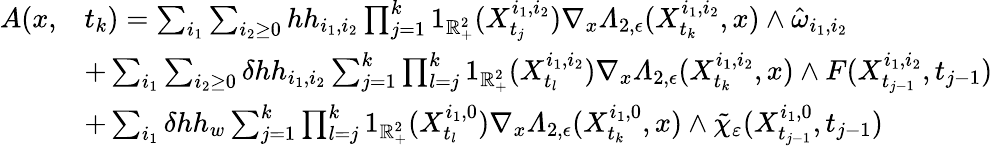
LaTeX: \begin{array}{rl}{A(x,}&{t_{k})=\sum_{i_{1}}\sum_{i_{2}\geq 0}hh_{i_{1},i_{2}}\prod_{j=1}^{k}1_{\mathbb{R}_{+}^{2}}(X_{t_{j}}^{i_{1},i_{2}})\nabla_{x}\varLambda_{2,\epsilon}(X_{t_{k}}^{i_{1},i_{2}},x)\wedge\hat{\omega}_{i_{1},i_{2}}}\\ &{+\sum_{i_{1}}\sum_{i_{2}\geq 0}\delta hh_{i_{1},i_{2}}\sum_{j=1}^{k}\prod_{l=j}^{k}1_{\mathbb{R}_{+}^{2}}(X_{t_{l}}^{i_{1},i_{2}})\nabla_{x}\varLambda_{2,\epsilon}(X_{t_{k}}^{i_{1},i_{2}},x)\wedge F(X_{t_{j-1}}^{i_{1},i_{2}},t_{j-1})}\\ &{+\sum_{i_{1}}\delta hh_{w}\sum_{j=1}^{k}\prod_{l=j}^{k}1_{\mathbb{R}_{+}^{2}}(X_{t_{l}}^{i_{1},0})\nabla_{x}\varLambda_{2,\epsilon}(X_{t_{k}}^{i_{1},0},x)\wedge\tilde{\chi}_{\varepsilon}(X_{t_{j-1}}^{i_{1},0},t_{j-1})}\end{array}